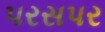
પરસપર